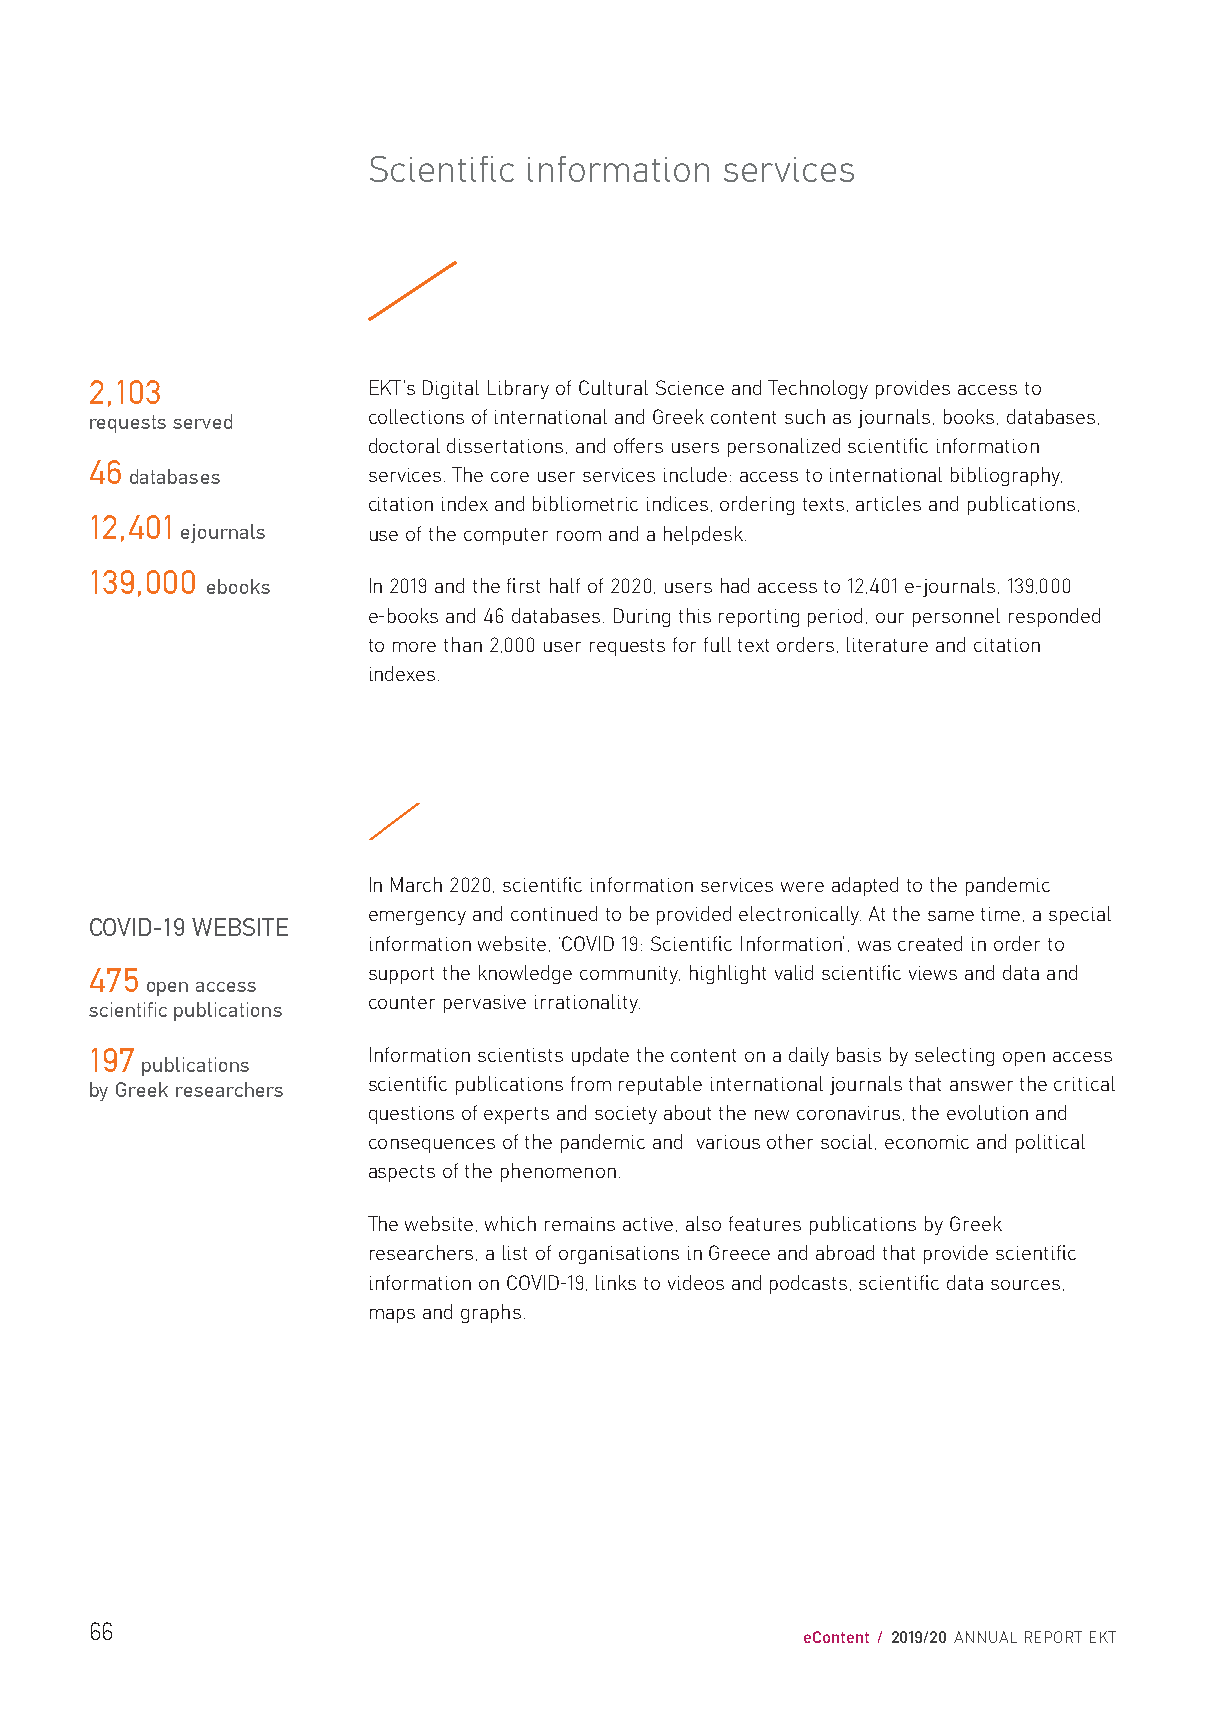
Scientific information  services
 2,103             EKT’s Digital Library of Cultural Science and Technology provides access to
 requests served   collections of international and Greek content such as journals, books, databases,
 doctoral dissertations, and offers users personalized scientific information
 46
 databases      services. The core user services include: access to international bibliography,
 citation index and bibliometric indices, ordering texts, articles and publications,
 12,401
 ejournals   use of the computer room and a helpdesk.
 139,000
 ebooks    In 2019 and the first half of 2020, users had access to 12,401 e-journals, 139,000
 e-books and 46 databases. During this reporting period, our personnel responded
 to more than 2,000 user requests for full text orders, literature and citation
 indexes.
 /
 In March 2020, scientific information services were adapted to the pandemic
 emergency and continued to be provided electronically. At the same time, a special
 COVID-19 WEBSITE
 information website, ‘COVID 19: Scientific Information’, was created in order to
 475               support the knowledge community, highlight valid scientific views and data and
 open access
 counter pervasive irrationality.
 scientific publications
 197               Information scientists update the content on a daily basis by selecting open access
 publications
 by Greek researchers scientific publications from reputable international journals that answer the critical
 questions of experts and society about the new coronavirus, the evolution and
 consequences of the pandemic and various other social, economic and political
 aspects of the phenomenon.
 The website, which remains active, also features publications by Greek
 researchers, a list of organisations in Greece and abroad that provide scientific
 information on COVID-19, links to videos and podcasts, scientific data sources,
 maps and graphs.
 66
 eContent / 2019/20 ANNUAL REPORT EKT